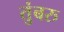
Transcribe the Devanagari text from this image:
तुंबरु